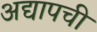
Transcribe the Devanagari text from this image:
अद्यापची